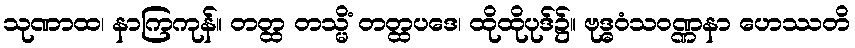
သုဏာထ၊ နာကြကုန်။ တတ္ထ တသ္မိံ တတ္ထပဒေ၊ ထိုထိုပုဒ်၌။ ဗုဒ္ဓဝံသဝဏ္ဏနာ ဟေဿတိ